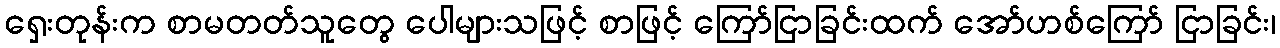
ရှေးတုန်းက စာမတတ်သူတွေ ပေါများသဖြင့် စာဖြင့် ကြော်ငြာခြင်းထက် အော်ဟစ်ကြော် ငြာခြင်း၊